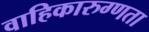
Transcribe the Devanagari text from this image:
वाहिकारुग्णता